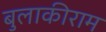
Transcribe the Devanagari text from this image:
बुलाकीराम